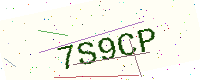
Text: 7S9CP